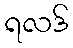
ရလဒ်